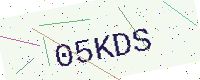
Text: 05KDS